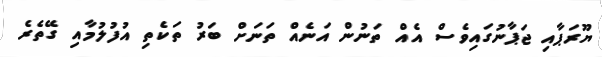
ޔޫރަޕާއި ޖަޕާނުގައިވެސް އެއް ތަނުން އަނެއް ތަނަށް ބަރު ތަކެތި އުފުލުމާއި ގޭތެރެ